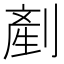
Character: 剷